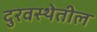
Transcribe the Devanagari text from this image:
दुरवस्थेतील